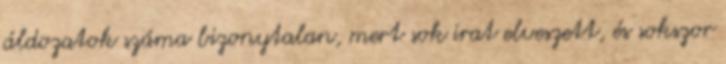
áldozatok száma bizonytalan, mert sok irat elveszett, és sokszor